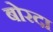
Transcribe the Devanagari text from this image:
बोरदा